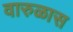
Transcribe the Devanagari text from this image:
वारुळास